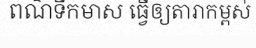
ពណ៌ទឹកមាស ធ្វើឲ្យតារាកម្ពស់